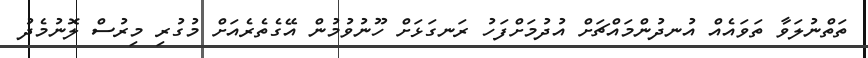
ތަތްނުލަވާ ތަވައެއް އުނދުންމައްޗަށް އުދުމަށްފަހު ރަނގަޅަށް ހޫނުވުމުން އޭގެތެރެއަށް މުގުރި މިރުސް ލޮނުމެދު